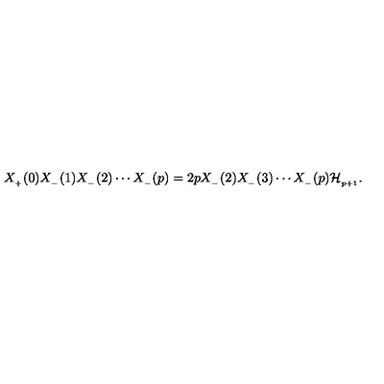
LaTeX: X _ { _ { + } } ( 0 ) X _ { _ { - } } ( 1 ) X _ { _ { - } } ( 2 ) \cdots X _ { _ { - } } ( p ) = 2 p X _ { _ { - } } ( 2 ) X _ { _ { - } } ( 3 ) \cdots X _ { _ { - } } ( p ) { \cal H } _ { _ { p + 1 } } .